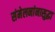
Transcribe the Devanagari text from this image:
संमेलनांनासुद्धा